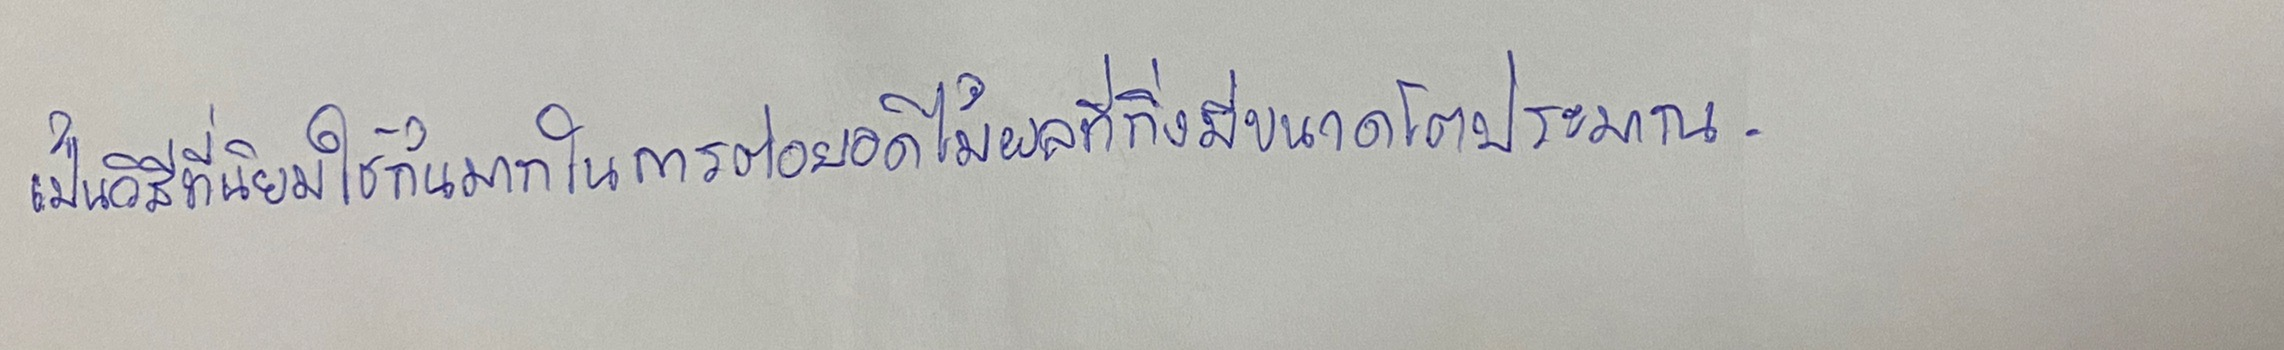
เป็นวิธีที่นิยมใช้กันมากในการต่อยอดไม้ผลที่กิ่งมีขนาดโตประมาณ